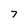
Character: 7